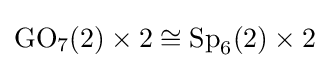
\operatorname {GO} _{7}(2)\times 2\cong \operatorname {Sp} _{6}(2)\times 2